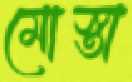
মোস্তা